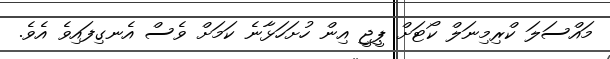
މައްސަލަ ކްރިމިނަލް ކޯޓަށް ޕީޖީ އިން ހުށަހަޅާނެ ކަމަށް ވެސް އެނގިފައިވެ އެވެ.